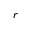
r